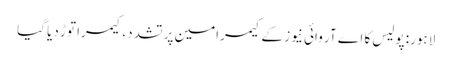
لاہور: پولیس کا اے آر وائی نیوز کے کیمرامین پر تشدد، کیمرا توڑ دیا گیا